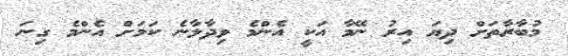
މުބާރާތަށް ދިޔަ އިރު ނޭމާ އަކީ އެންމެ ވިދާލާނެ ކަމަށް އެންމެ ގިނަ